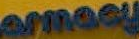
armacy